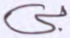
بي